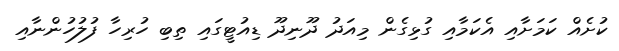
ކުށެއް ކަމަށާއި އެކަމާއި ގުޅިގެން މިއަދު ދޫނިދޫ ޑިއުޓީގައި ތިބި ހުރިހާ ފުލުހުންނާއި